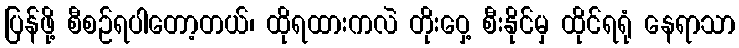
ပြန်ဖို့ စီစဉ်ရပါတော့တယ်၊ ထိုရထားကလဲ တိုးဝှေ့ စီးနိုင်မှ ထိုင်ရရုံ နေရာသာ